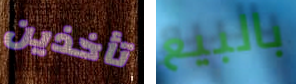
تأخذين بالبيع